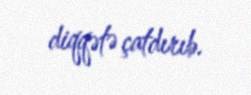
diqqətə çatdırıb.